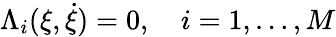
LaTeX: \Lambda_{i}(\xi,\dot{\xi})=0,\quad i=1,\dots,M